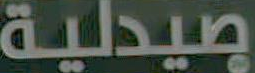
صيدلية